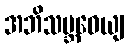
အဘိသမ္ဘဝေယျ